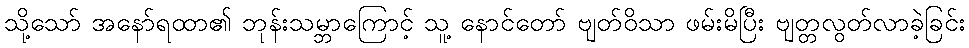
သို့သော် အနော်ရထာ၏ ဘုန်းသမ္ဘာကြောင့် သူ့ နောင်တော် ဗျတ်ဝိသာ ဖမ်းမိပြီး ဗျတ္တလွတ်လာခဲ့ခြင်း